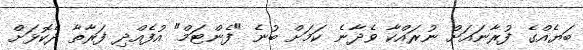
ބަޔެއްގެ ފުރާނައަށް ނުރައްކާ ވެދާނެ ކަމަށް ބުނެ "ފެންޓަމް" އުފެއްދި ފަރާތާ ދެކޮޅަށް